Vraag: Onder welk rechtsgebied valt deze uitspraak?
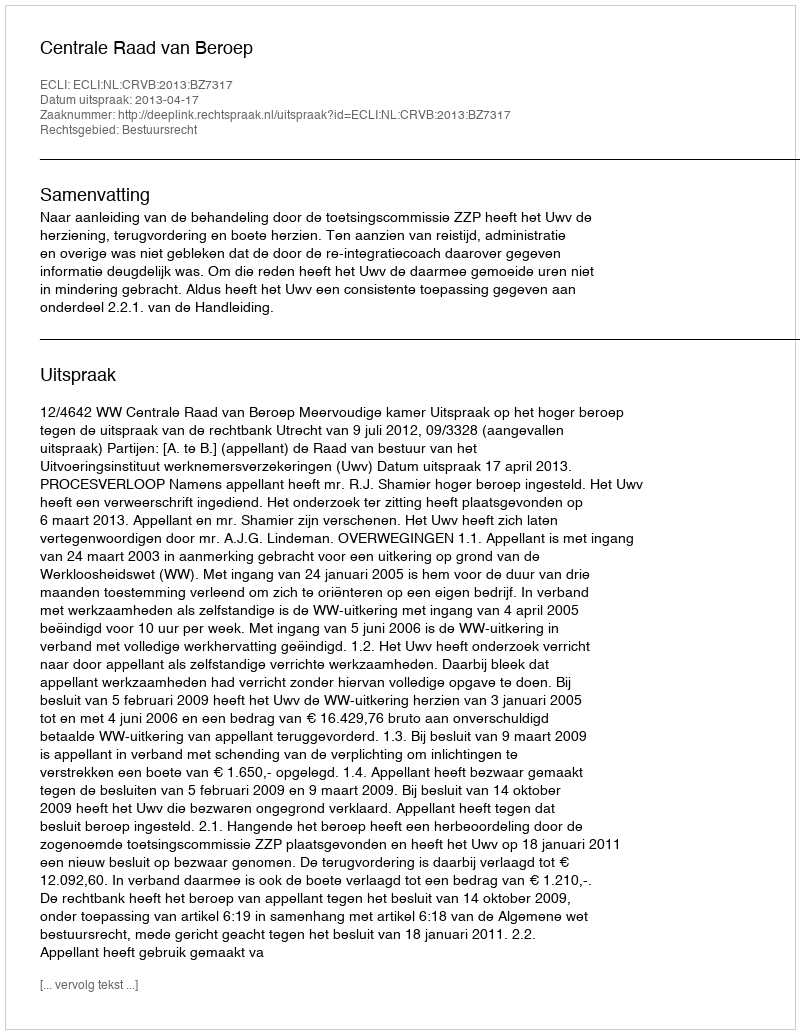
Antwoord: Bestuursrecht